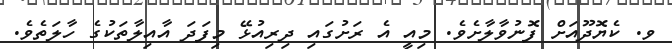
ވ. ކެޔޮދޫއަށް ފޮނުވާލާށެވެ. މިއީ އެ ރަށުގައި ދިރިއުޅޭ މިފަދަ އާއިލާތަކުގެ ހާލަތެވެ.